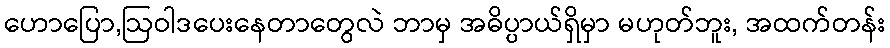
ဟောပြော,ဩဝါဒပေးနေတာတွေလဲ ဘာမှ အဓိပ္ပာယ်ရှိမှာ မဟုတ်ဘူး, အထက်တန်း